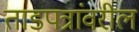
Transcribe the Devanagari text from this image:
ताडपत्रांवरील